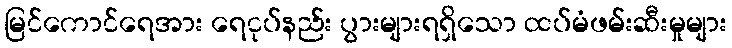
မြင်ကောင်ရေအား ရေငုပ်နည်း ပွားများရရှိသော ထပ်မံဖမ်းဆီးမှုများ